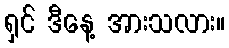
ရှင် ဒီနေ့ အားသလား။